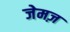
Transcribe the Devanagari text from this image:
जेमज़